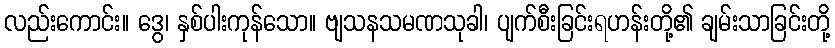
လည်းကောင်း။ ဒွေ၊ နှစ်ပါးကုန်သော။ ဗျသနသမဏသုခါ၊ ပျက်စီးခြင်းရဟန်းတို့၏ ချမ်းသာခြင်းတို့